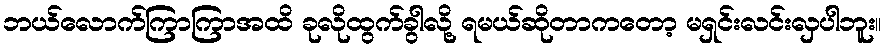
ဘယ်လောက်ကြာကြာအထိ ခုလိုထွက်ခွါလို့ ရမယ်ဆိုတာကတော့ မရှင်းလင်းလှပါဘူး။